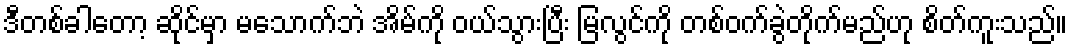
ဒီတစ်ခါတော့ ဆိုင်မှာ မသောက်ဘဲ အိမ်ကို ဝယ်သွားပြီး မြလွင်ကို တစ်ဝက်ခွဲတိုက်မည်ဟု စိတ်ကူးသည်။